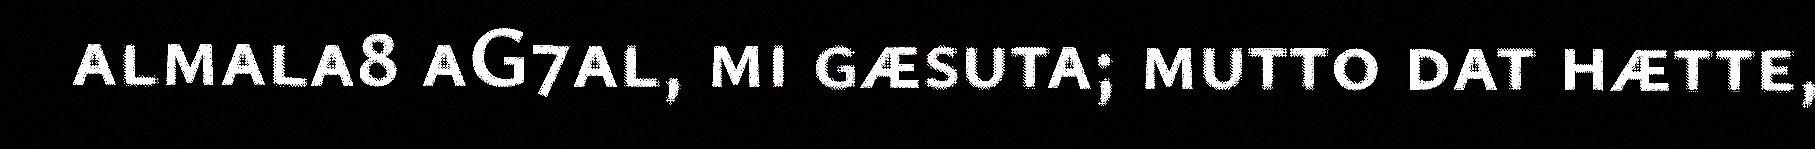
almala8 aG7al, mi gæsuta; mutto dat hætte,